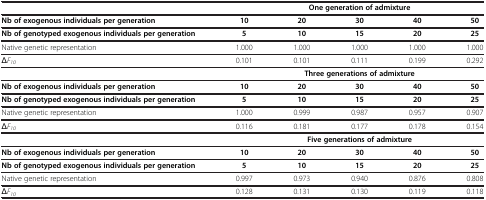
|  | <COLSPAN=5> One generation of admixture |
 | --- | --- | --- | --- | --- | --- |
 | Nb of exogenous individuals per generation | 10 | 20 | 30 | 40 | 50 |
 | Nb of genotyped exogenous individuals per generation | 5 | 10 | 15 | 20 | 25 |
 | Native genetic representation | 1.000 | 1.000 | 1.000 | 1.000 | 1.000 |
 | ΔF10 | 0.101 | 0.101 | 0.111 | 0.199 | 0.292 |
 |  | <COLSPAN=5> Three generations of admixture |
 | Nb of exogenous individuals per generation | 10 | 20 | 30 | 40 | 50 |
 | Nb of genotyped exogenous individuals per generation | 5 | 10 | 15 | 20 | 25 |
 | Native genetic representation | 1.000 | 0.999 | 0.987 | 0.957 | 0.907 |
 | ΔF10 | 0.116 | 0.181 | 0.177 | 0.178 | 0.154 |
 |  | <COLSPAN=5> Five generations of admixture |
 | Nb of exogenous individuals per generation | 10 | 20 | 30 | 40 | 50 |
 | Nb of genotyped exogenous individuals per generation | 5 | 10 | 15 | 20 | 25 |
 | Native genetic representation | 0.997 | 0.973 | 0.940 | 0.876 | 0.808 |
 | ΔF10 | 0.128 | 0.131 | 0.130 | 0.119 | 0.118 |